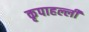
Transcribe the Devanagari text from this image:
कृपाहल्ली